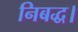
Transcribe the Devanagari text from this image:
निबद्ध।